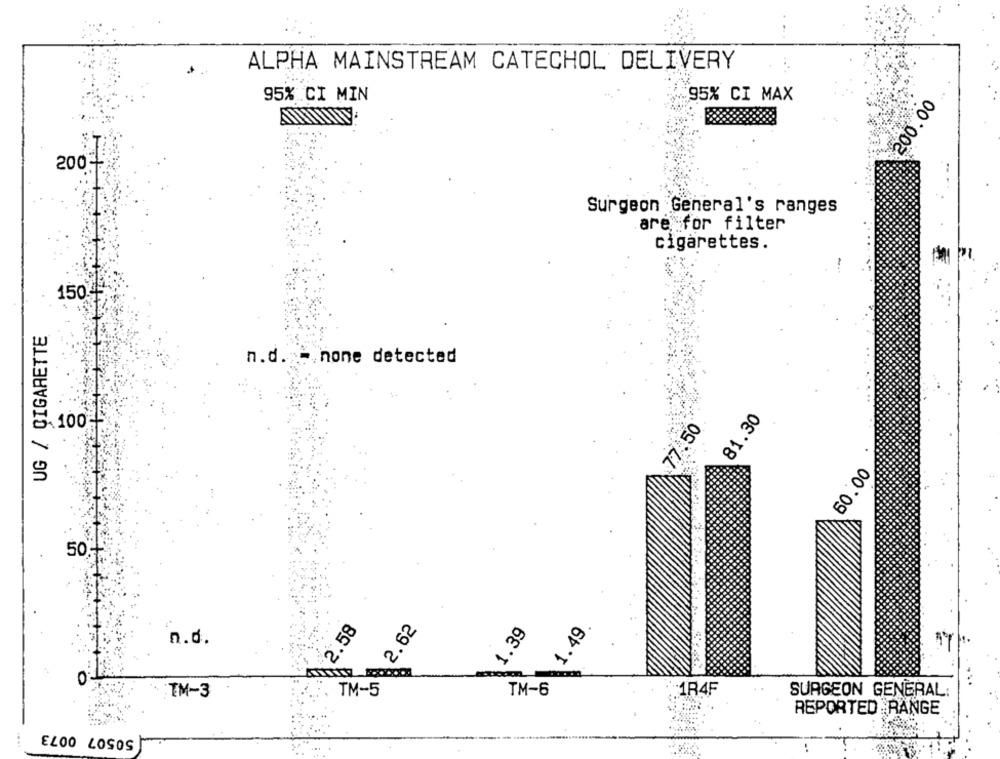
ALPHA MAINSTREAM CATECHOL DELIVERY
95% CI MIN
95% CI MAX
200.00
200-
Surgeon General's ranges
are for filter
cigarettes.
150
UG / CIGARETTE
n.d. - none detected
81.30
.100
77.50
60.00
50 ,-
2.62
2.58
1.39
1.49
n.d.
0
TM-5
TM-6
:TM-3
1R4F
SURGEON GENERAL:
REPORTED RANGE
50507 0073